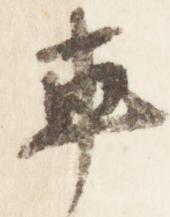
車